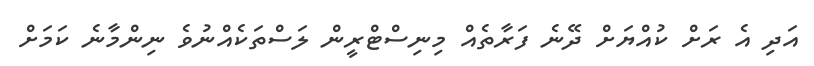
އަދި އެ ރަށް ކުއްޔަށް ދޭނެ ފަރާތެއް މިނިސްޓްރީން ލަސްތަކެއްނުވެ ނިންމާނެ ކަމަށް